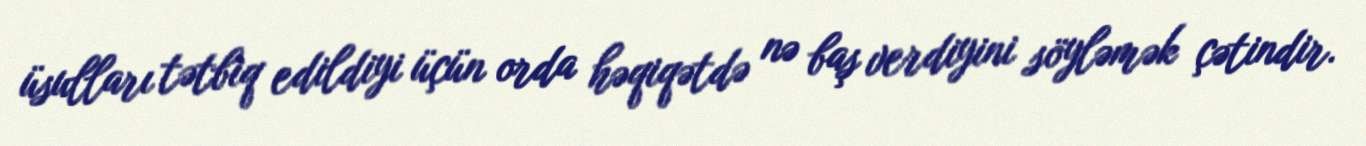
üsulları tətbiq edildiyi üçün orda həqiqətdə nə baş verdiyini söyləmək çətindir.